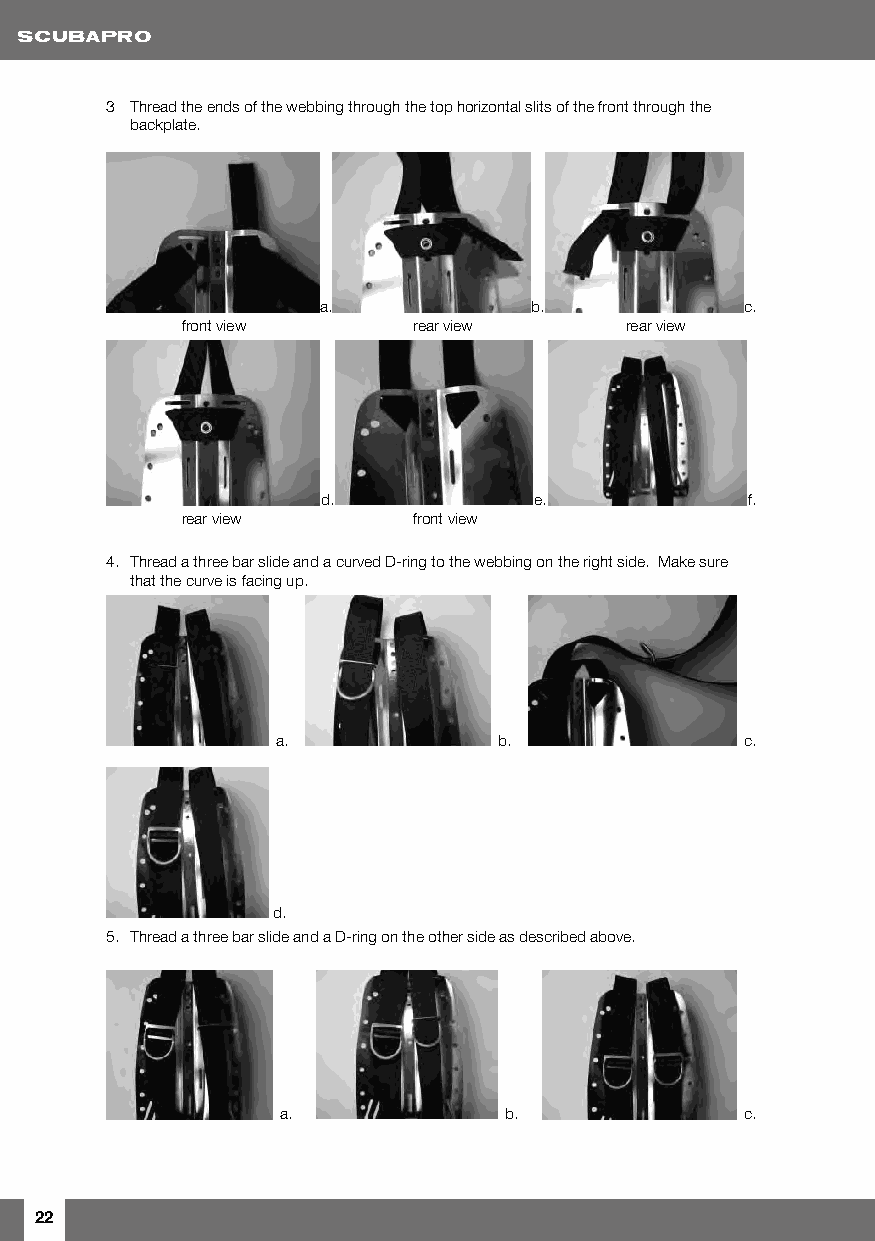
3 Thread the ends of the webbing through the top horizontal slits of the front through the
 backplate.
 a.            b.            c.
 front view     rear view     rear view
 d.            e.            f.
 rear view      front view
 4. Thread a three bar slide and a curved D-ring to the webbing on the right side. Make sure
 that the curve is facing up.
 a.             b.              c.
 d.
 5. Thread a three bar slide and a D-ring on the other side as described above.
 a.            b.              c.
 22